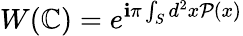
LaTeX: W(\mathbb{C})=e^{\mathbf{i}\pi\int_{S}d^{2}x\mathcal{P}(x)}